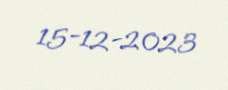
15-12-2023